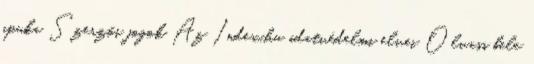
apuka Szerzői jogok Az Index.hu adatvédelmi elvei Olvass bele